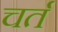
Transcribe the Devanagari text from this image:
चर्त